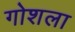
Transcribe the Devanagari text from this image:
गोशला